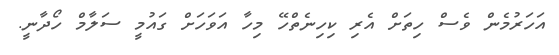
އަހަރުމެން ވެސް ހިތަށް އެރި ކިހިނެތްހޭ މިހާ އަވަހަށް ގައުމީ ސަލާމް ހޯދާނީ.